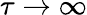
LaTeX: \tau\to\infty